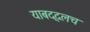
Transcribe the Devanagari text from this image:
याबद्दलच